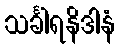
သင်္ခါရနိဒါနံ